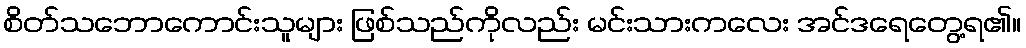
စိတ်သဘောကောင်းသူများ ဖြစ်သည်ကိုလည်း မင်းသားကလေး အင်ဒရေတွေ့ရ၏။